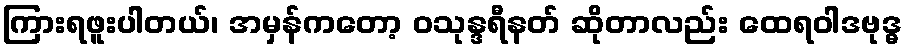
ကြားရဖူးပါတယ်၊ အမှန်ကတော့ ဝသုန္ဒရီနတ် ဆိုတာလည်း ထေရဝါဒဗုဒ္ဓ